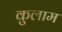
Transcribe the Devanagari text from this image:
कुलाम